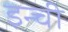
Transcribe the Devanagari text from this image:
इन्ची